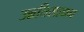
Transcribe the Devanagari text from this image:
उन्नतिसाधन